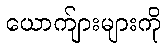
ယောက်ျားများကို